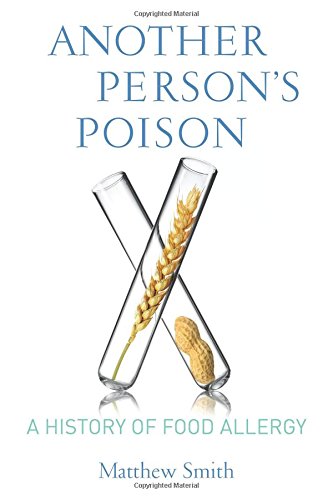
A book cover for Another Person's Poison: A History of Food Allergy (Arts and Traditions of the Table: Perspectives on Culinary History); Matthew Smith; Health, Fitness & Dieting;